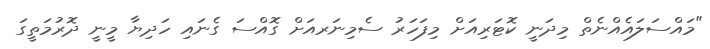
"މައްސަލައެއްނެތް މިދަނީ ކޮޓަރިއަށް މިފަހަރު ސެމިނަރއަށް ގޮއްސަ ގެނައި ހަދިޔާ މީނީ ދޮރުމަތީގަ